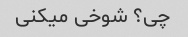
چی؟ شوخی میکنی